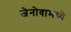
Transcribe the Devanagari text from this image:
जेनोवामध्ये